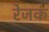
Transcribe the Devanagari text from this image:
रेजक